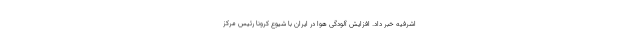
اشرفیه خبر داد. افزایش آلودگی هوا در ایران با شیوع کرونا رئیس مرکز